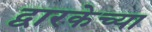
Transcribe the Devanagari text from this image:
द्वारकेच्या